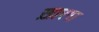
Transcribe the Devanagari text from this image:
ख़ारगा